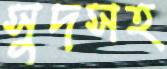
সুদসহ